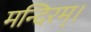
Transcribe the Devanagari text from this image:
मन्दिरम्।